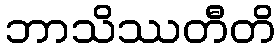
ဘာသိဿတီတိ